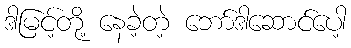
ဒါမြင့်တို့ နေခဲ့တဲ့ ဘော်ဒါဆောင်ပေါ့